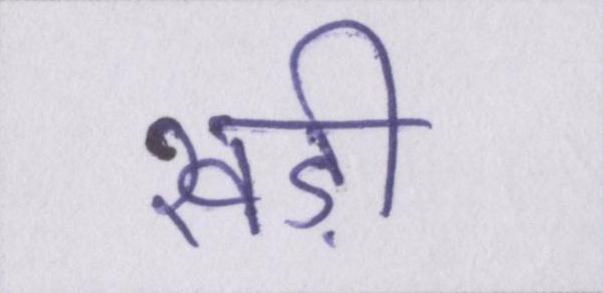
खड़ी